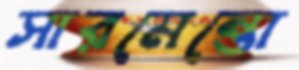
সারমেন্তো